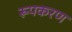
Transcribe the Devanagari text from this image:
रूपकरण